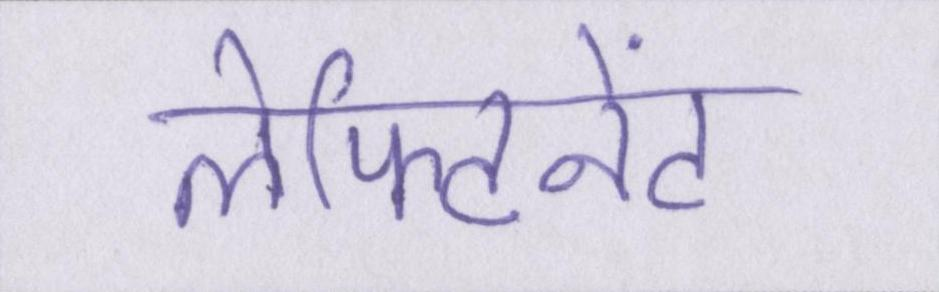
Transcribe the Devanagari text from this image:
लेफ्टिनेंट